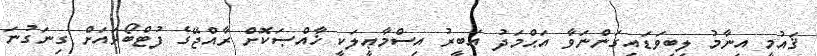
ޤައުމީ އިނާމު ލިބިވަޑައިގަންނަވާ އަޙްމަދު ޢަބީރު އިސްމާޢީލަކީ ޚާއްޞަކޮށް ރާއްޖޭގެ ފުޓްބޯޅައަށް ގިނަގުނަ